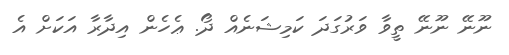
ނޫނޭ ނޫނޭ ތީވާ ވަރުގަދަ ކަމިޝަނެއް ދޯ. ޢެހެން އިދާރާ އަކަށް އެ